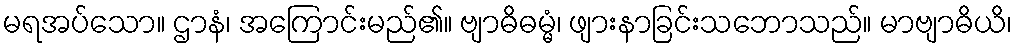
မရအပ်သော။ ဌာနံ၊ အကြောင်းမည်၏။ ဗျာဓိဓမ္မံ၊ ဖျားနာခြင်းသဘောသည်။ မာဗျာဓိယိ၊